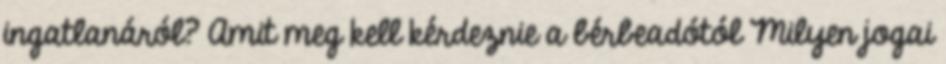
ingatlanáról? Amit meg kell kérdeznie a bérbeadótól Milyen jogai